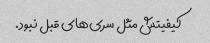
کیفیتش مثل سری‌های قبل نبود.